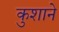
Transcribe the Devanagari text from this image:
कुशाने